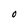
Character: O